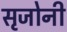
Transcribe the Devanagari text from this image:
सृजोनी